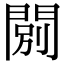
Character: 𨴾